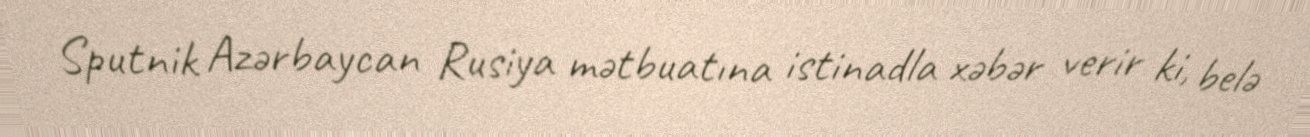
Sputnik Azərbaycan Rusiya mətbuatına istinadla xəbər verir ki, belə